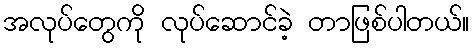
အလုပ်တွေကို လုပ်ဆောင်ခဲ့ တာဖြစ်ပါတယ်။